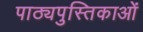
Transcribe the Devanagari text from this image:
पाठ्यपुस्तिकाओं